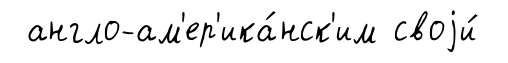
англо-ам'ер'ика́нск'им своjи́